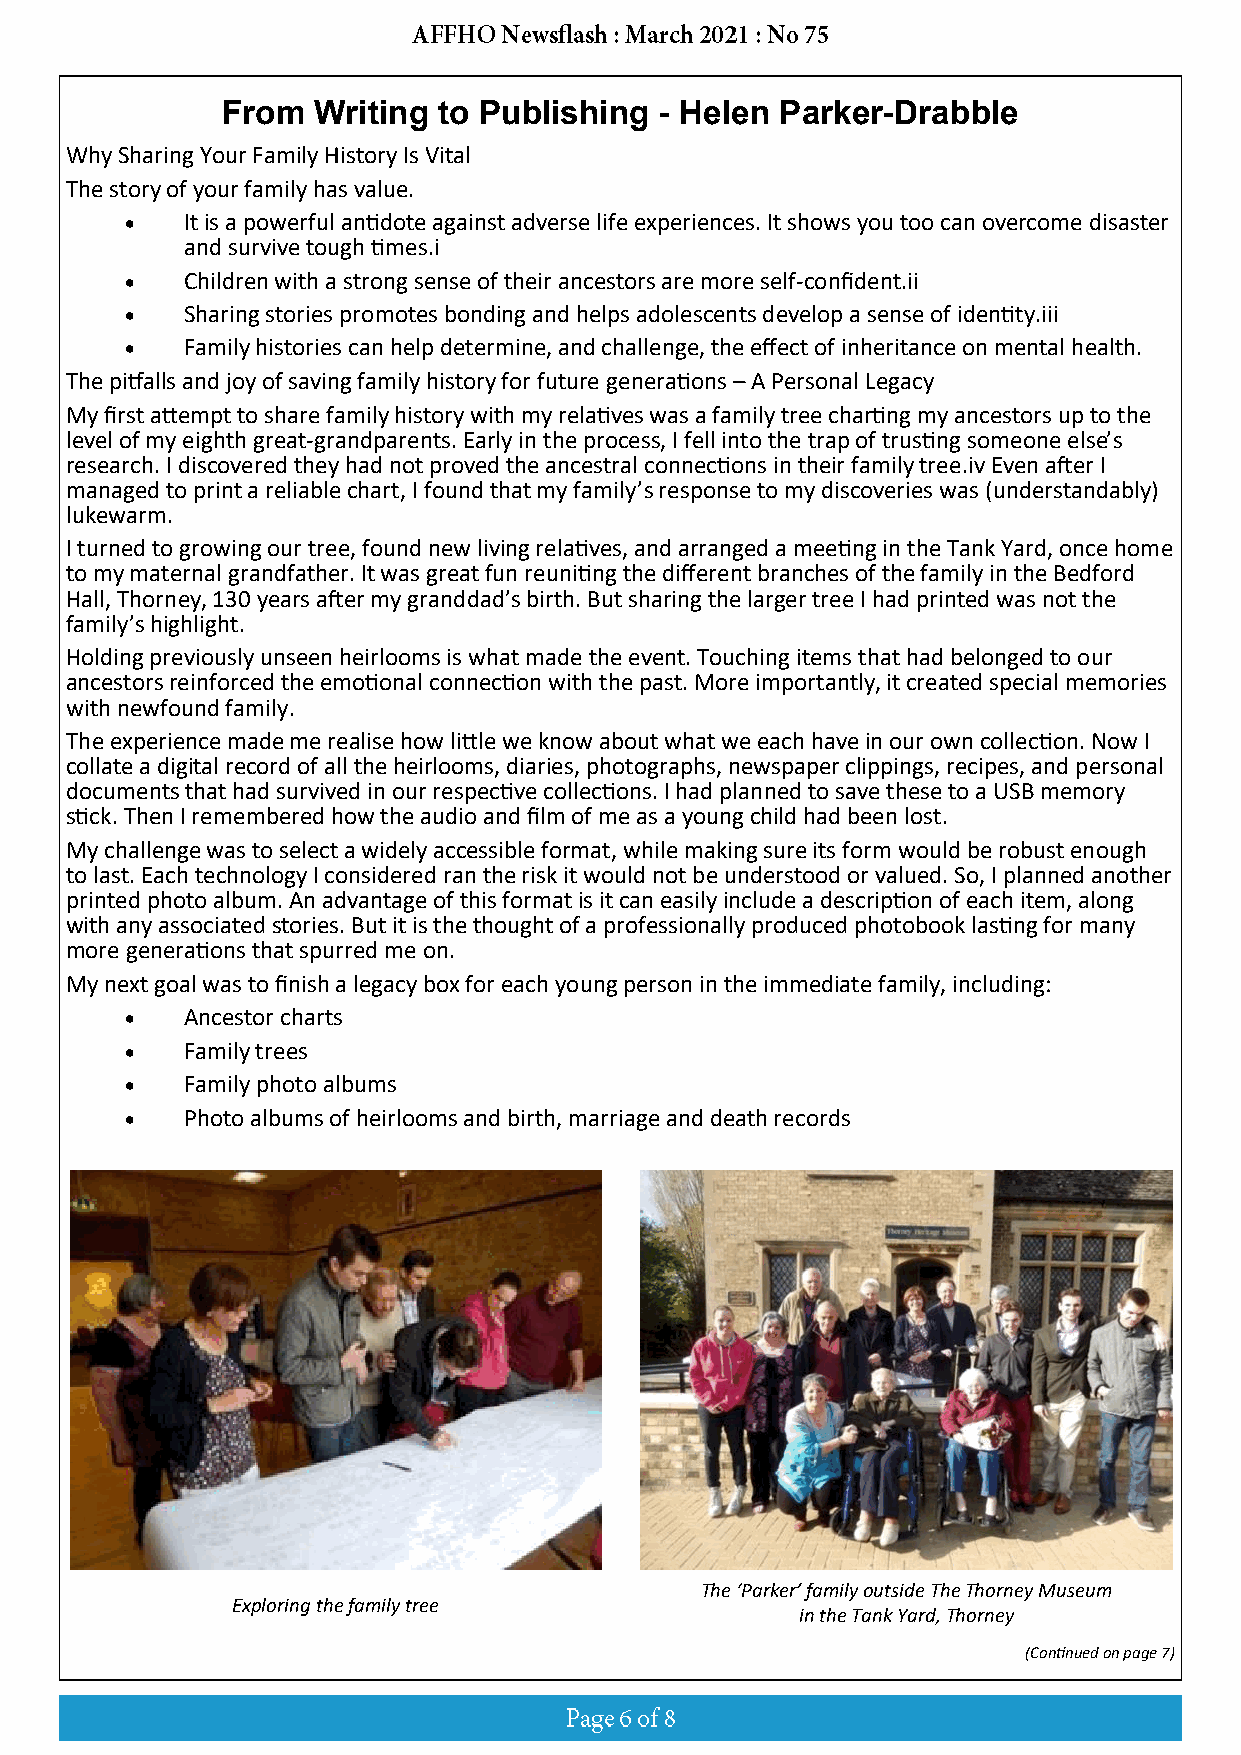
From  Writing to Publishing  - Helen Parker-Drabble
 Why Sharing Your Family History Is Vital
 The story of your family has value.
 •   It is a powerful antidote against adverse life experiences. It shows you too can overcome disaster
 and survive tough times.i
 •   Children with a strong sense of their ancestors are more self-confident.ii
 •   Sharing stories promotes bonding and helps adolescents develop a sense of identity.iii
 •   Family histories can help determine, and challenge, the effect of inheritance on mental health.
 The pitfalls and joy of saving family history for future generations – A Personal Legacy
 My first attempt to share family history with my relatives was a family tree charting my ancestors up to the
 level of my eighth great-grandparents. Early in the process, I fell into the trap of trusting someone else’s
 research. I discovered they had not proved the ancestral connections in their family tree.iv Even after I
 managed to print a reliable chart, I found that my family’s response to my discoveries was (understandably)
 lukewarm.
 I turned to growing our tree, found new living relatives, and arranged a meeting in the Tank Yard, once home
 to my maternal grandfather. It was great fun reuniting the different branches of the family in the Bedford
 Hall, Thorney, 130 years after my granddad’s birth. But sharing the larger tree I had printed was not the
 family’s highlight.
 Holding previously unseen heirlooms is what made the event. Touching items that had belonged to our
 ancestors reinforced the emotional connection with the past. More importantly, it created special memories
 with newfound family.
 The experience made me realise how little we know about what we each have in our own collection. Now I
 collate a digital record of all the heirlooms, diaries, photographs, newspaper clippings, recipes, and personal
 documents that had survived in our respective collections. I had planned to save these to a USB memory
 stick. Then I remembered how the audio and film of me as a young child had been lost.
 My challenge was to select a widely accessible format, while making sure its form would be robust enough
 to last. Each technology I considered ran the risk it would not be understood or valued. So, I planned another
 printed photo album. An advantage of this format is it can easily include a description of each item, along
 with any associated stories. But it is the thought of a professionally produced photobook lasting for many
 more generations that spurred me on.
 My next goal was to finish a legacy box for each young person in the immediate family, including:
 •   Ancestor charts
 •   Family trees
 •   Family photo albums
 •   Photo albums of heirlooms and birth, marriage and death records
 The ‘Parker’ family outside The Thorney Museum
 Exploring the family tree
 in the Tank Yard, Thorney
 (Continued on page 7)